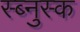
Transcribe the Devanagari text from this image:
स्ब्नुस्क